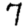
Digit: 7